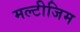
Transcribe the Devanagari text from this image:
मल्टीजिम